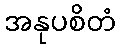
အနုပစိတံ